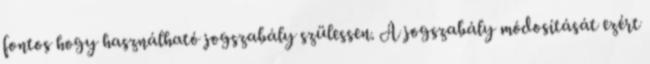
fontos hogy használható jogszabály szülessen. A jogszabály módosítását ezért